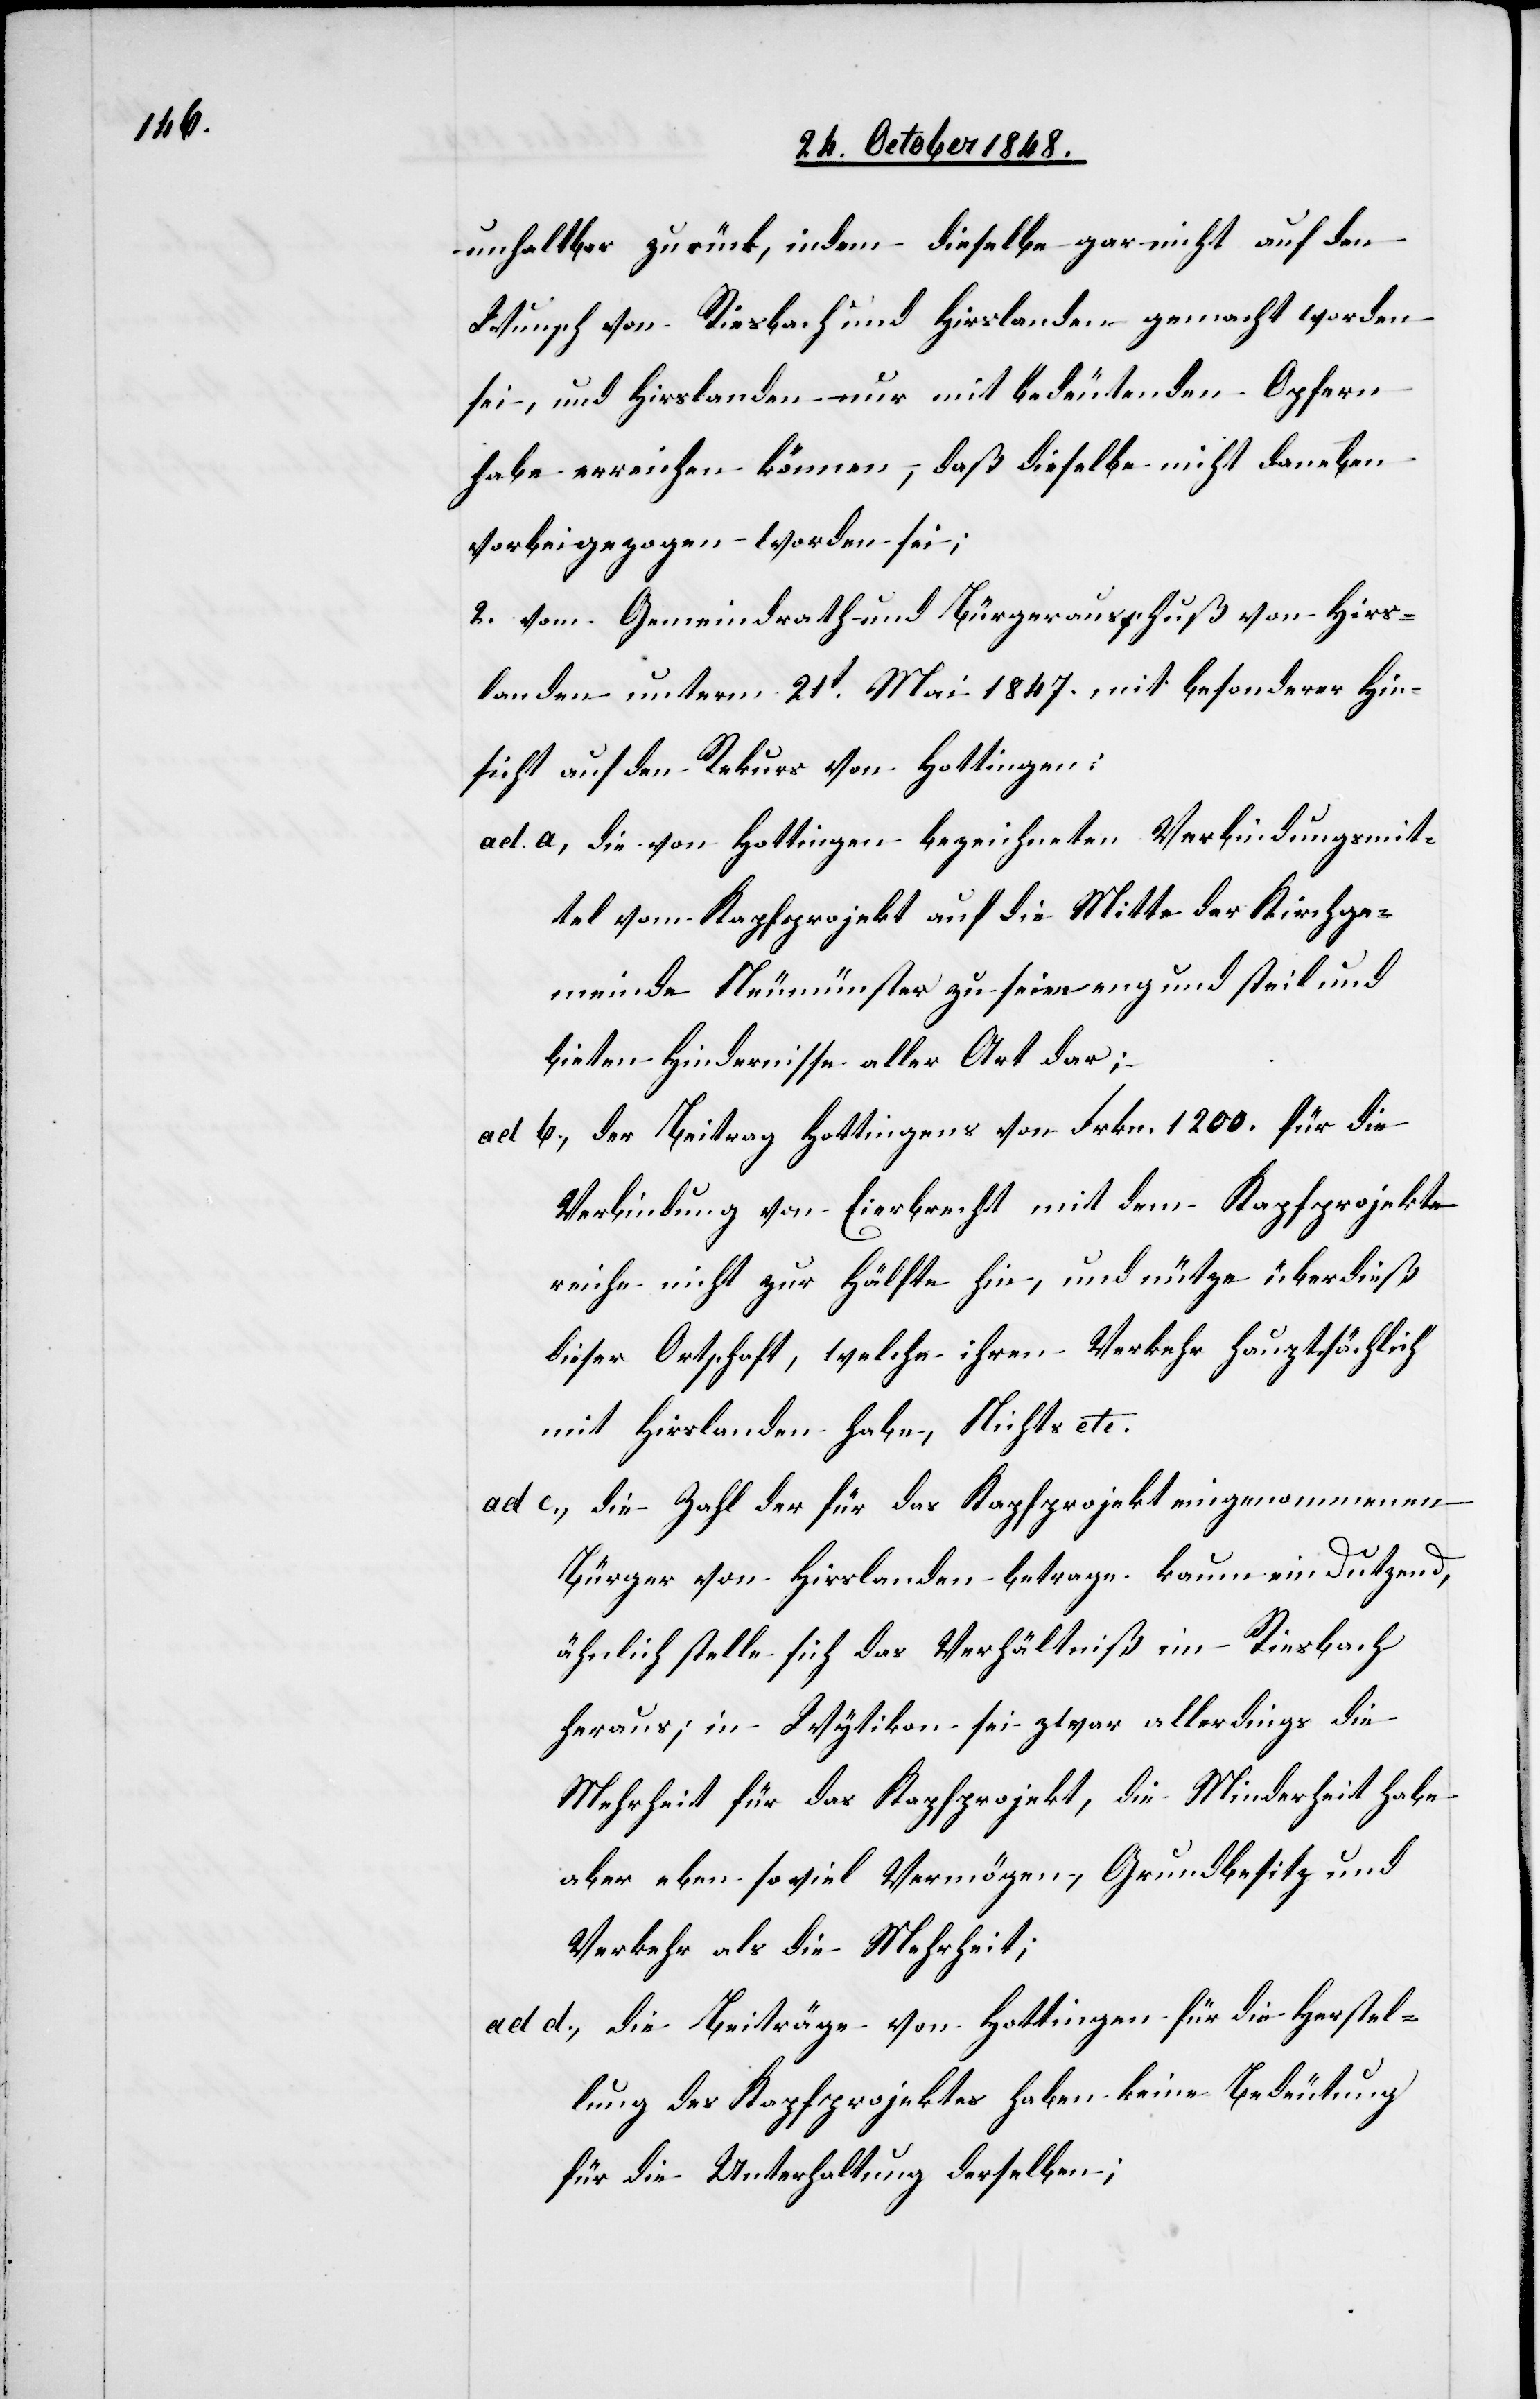
unhaltbar zurück, indem dieselbe gar nicht auf den
Wunsch von Riesbach und Hirslanden gemacht worden
sei, und Hirslanden nur mit bedeutenden Opfern
habe erreichen können, daß dieselbe nicht daneben
vorbeigezogen worden sei;
2. vom Gemeindrath und Bürgerausschuß von Hirs¬
landen unterm 21t Mai 1847. mit besonderer Hin¬
sicht auf den Rekurs von Hottingen:
ad a., die von Hottingen bezeichneten Verbindungsmit¬
tel vom Kapfprojekt auf die Mitte der Kirchge¬
meinde Neumünster zu seien eng und steil und
bieten Hindernisse aller Art dar;
ad b., der Beitrag Hottingens von Frkn. 1200. für die
Verbindung der Eierbrecht mit dem Kapfprojekte
reiche nicht zur Hälfte hin, und nütze überdieß
dieser Ortschaft, welche ihren Verkehr hauptsächlich
mit Hirslanden habe, Nichts etc.
ad c., die Zahl der für das Kapfprojekt eingenommenen
Bürger von Hirslanden betrage kaum ein Dutzend,
ähnlich stelle sich das Verhältniß im Riesbach
heraus; in Wytikon sei zwar allerdings die
Mehrheit für das Kapfprojekt, die Minderheit habe
aber eben soviel Vermögen, Grundbesitz und
Verkehr als die Mehrheit;
ad d., die Beiträge von Hottingen für die Herstel¬
lung des Kapfprojektes haben keine Bedeutung
für die Unterhaltung derselben;